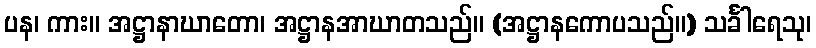
ပန၊ ကား။ အဋ္ဌာနာဃာတော၊ အဋ္ဌာနအာဃာတသည်။ (အဋ္ဌာနကောပသည်။) သင်္ခါရေသု၊